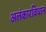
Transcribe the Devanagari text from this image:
अलंकारविधान